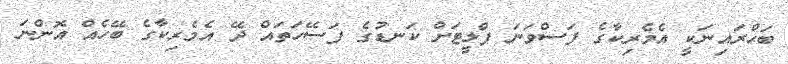
ބަޙްރައިނަކީ އެމެރިކާގެ ފަސްވަނަ ފްލީޓަށް ކަނޑުގެ ފަސޭހަތައް ދޭ އެމެރިކާގެ ބޭހެއް އޮންނަ